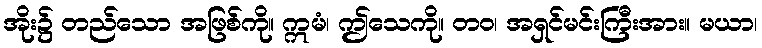
အိုး၌ တည်သော အဖြစ်ကို။ ဣမံ၊ ဤသေကို။ တဝ၊ အရှင်မင်းကြီးအား။ မယာ၊